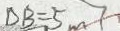
D B = 5 m 7